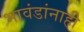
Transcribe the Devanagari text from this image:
भावंडांनाही